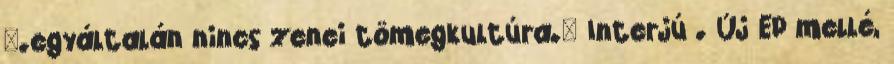
".egyáltalán nincs zenei tömegkultúra." Interjú . Új EP mellé,